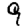
Digit: 9